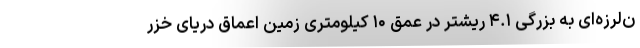
ن‌لرزه‌ای به بزرگی ۴.۱ ریشتر در عمق ۱۰ کیلومتری زمین اعماق دریای خزر